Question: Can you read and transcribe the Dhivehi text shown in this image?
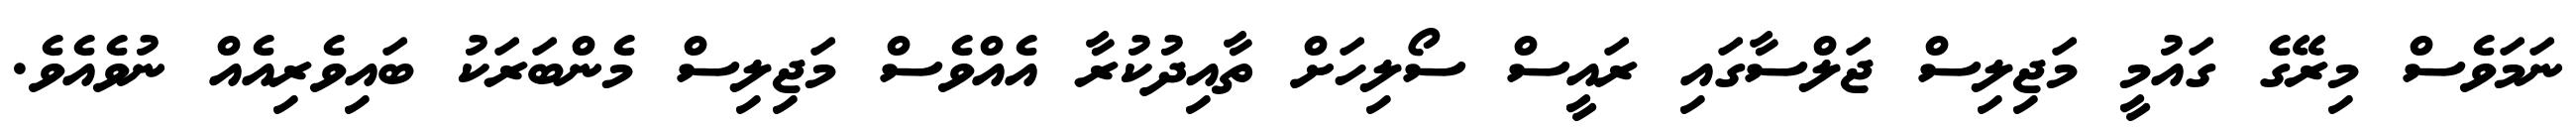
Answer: ނަމަވެސް މިރޭގެ ގައުމީ މަޖިލިސް ޖަލްސާގައި ރައީސް ސޯލިހަށް ތާއިދުކުރާ އެއްވެސް މަޖިލިސް މެންބަރަކު ބައިވެރިއެއް ނުވެއެވެ.